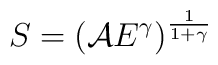
S = \left( {\cal A} E^\gamma \right)^{\frac{1}{1 + \gamma}}